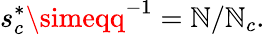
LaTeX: s_{c}^{*}\simeqq^{-1}=\mathbb{N}/\mathbb{N}_{c}.